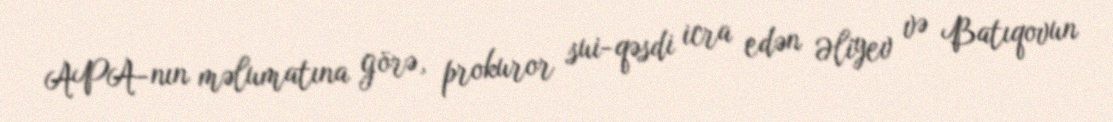
APA-nın məlumatına görə, prokuror sui-qəsdi icra edən Əliyev və Batıqovun